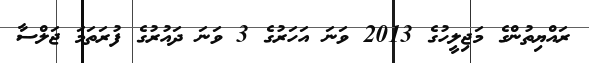
ރައްޔިތުންގެ މަޖިލީހުގެ 2013 ވަނަ އަހަރުގެ 3 ވަނަ ދައުރުގެ ފުރަތަމަ ޖަލްސާ